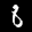
Label: 8